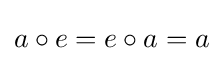
a\circ e=e\circ a=a